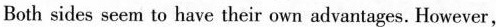
Both sides seem to have their own advantages. However